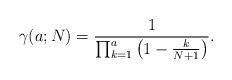
\begin{align*}\gamma(a;N) = {1\over\prod_{k=1}^a \left(1-{k\over N+1}\right)}.\end{align*}